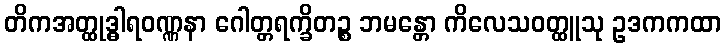
တိကအတ္ထုဒ္ဓါရဝဏ္ဏနာ ဂေါတ္တရက္ခိတဉ္စ ဘမန္တော ကိလေသဝတ္ထူသု ဥဒကကထာ